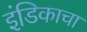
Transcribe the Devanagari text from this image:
इंडिकाचा